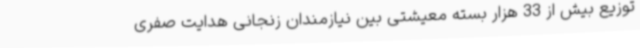
توزیع بیش از 33 هزار بسته معیشتی بین نیازمندان زنجانی هدایت صفری